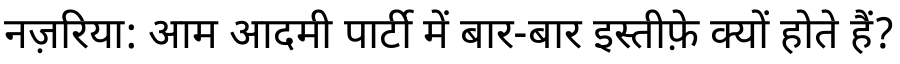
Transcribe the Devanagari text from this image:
नज़रिया: आम आदमी पार्टी में बार-बार इस्तीफ़े क्यों होते हैं?